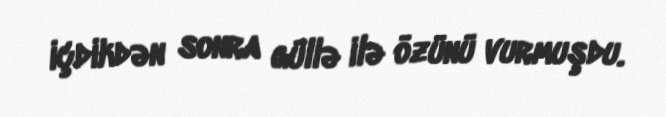
içdikdən sonra güllə ilə özünü vurmuşdu.